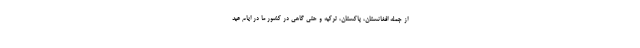
از جمله افغانستان، پاکستان، ترکیه و حتی گاهی در کشور ما در ایام عید